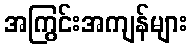
အကြွင်းအကျန်များ